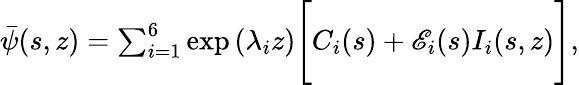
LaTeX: \begin{array}{r}{\bar{\psi}(s,z)=\sum_{i=1}^{6}\exp{(\lambda_{i}z)}\Bigg[C_{i}(s)+\mathscr{E}_{i}(s)I_{i}(s,z)\Bigg],}\end{array}